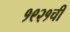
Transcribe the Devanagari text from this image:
१९२१ची